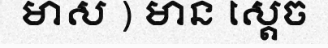
មាស ) មាន ស្តេច